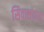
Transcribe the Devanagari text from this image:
सिवासंकरा